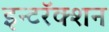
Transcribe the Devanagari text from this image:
इन्टरॅक्शन